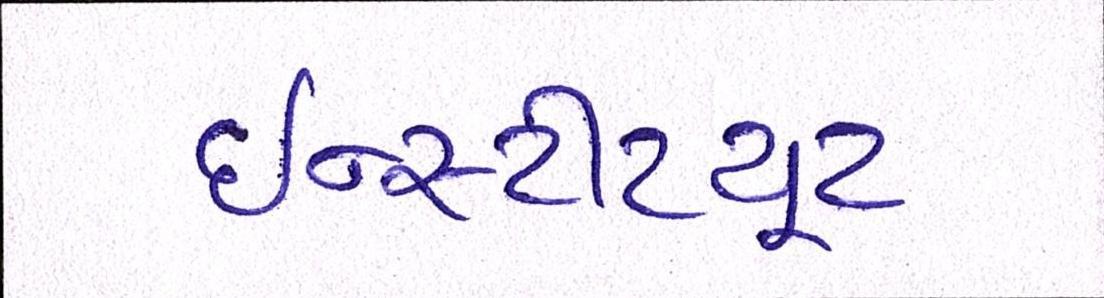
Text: ઇન્સ્ટીટયૂટ